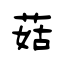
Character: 菇